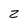
Character: Z